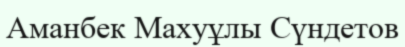
Аманбек Махуұлы Сүндетов